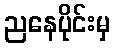
ညနေပိုင်းမှ